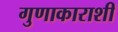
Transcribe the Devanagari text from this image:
गुणाकाराशी